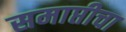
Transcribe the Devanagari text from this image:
समाप्तीचा